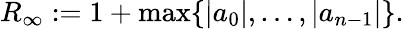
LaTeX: R_{\infty}:=1+\operatorname*{max}\{ |a_{0}|,\ldots,|a_{n-1}|\} .